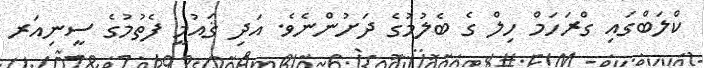
ކްލަބްގައި ގްރަހަމް ހިލް ގެ ބެލުމުގެ ދަށުންނެވެ. އަދި ޤައުމީ ފެތުމުގެ ސީނިއަރ